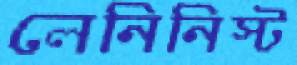
লেনিনিস্ট